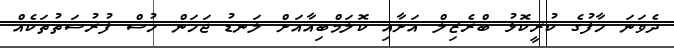
ދެވަނަ ހާފުގެ ކުރީކޮޅު ބްރެޒިލް އަށާއި ކޮލަމްބިއާއަށް ލަނޑު ޖަހަން ހުސް ފުރުސަތުތަކެއް